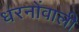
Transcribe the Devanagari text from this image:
धरनोंवाली